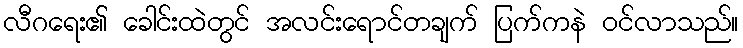
လီဂရေး၏ ခေါင်းထဲတွင် အလင်းရောင်တချက် ပြက်ကနဲ ဝင်လာသည်။